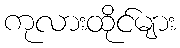
ကုလားထိုင်များ